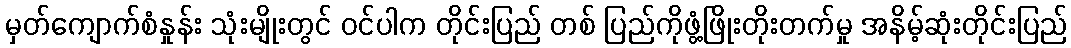
မှတ်ကျောက်စံနှုန်း သုံးမျိုးတွင် ဝင်ပါက တိုင်းပြည် တစ် ပြည်ကိုဖွံ့ဖြိုးတိုးတက်မှု အနိမ့်ဆုံးတိုင်းပြည်